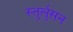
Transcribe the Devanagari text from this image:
स्तुर्लुसन